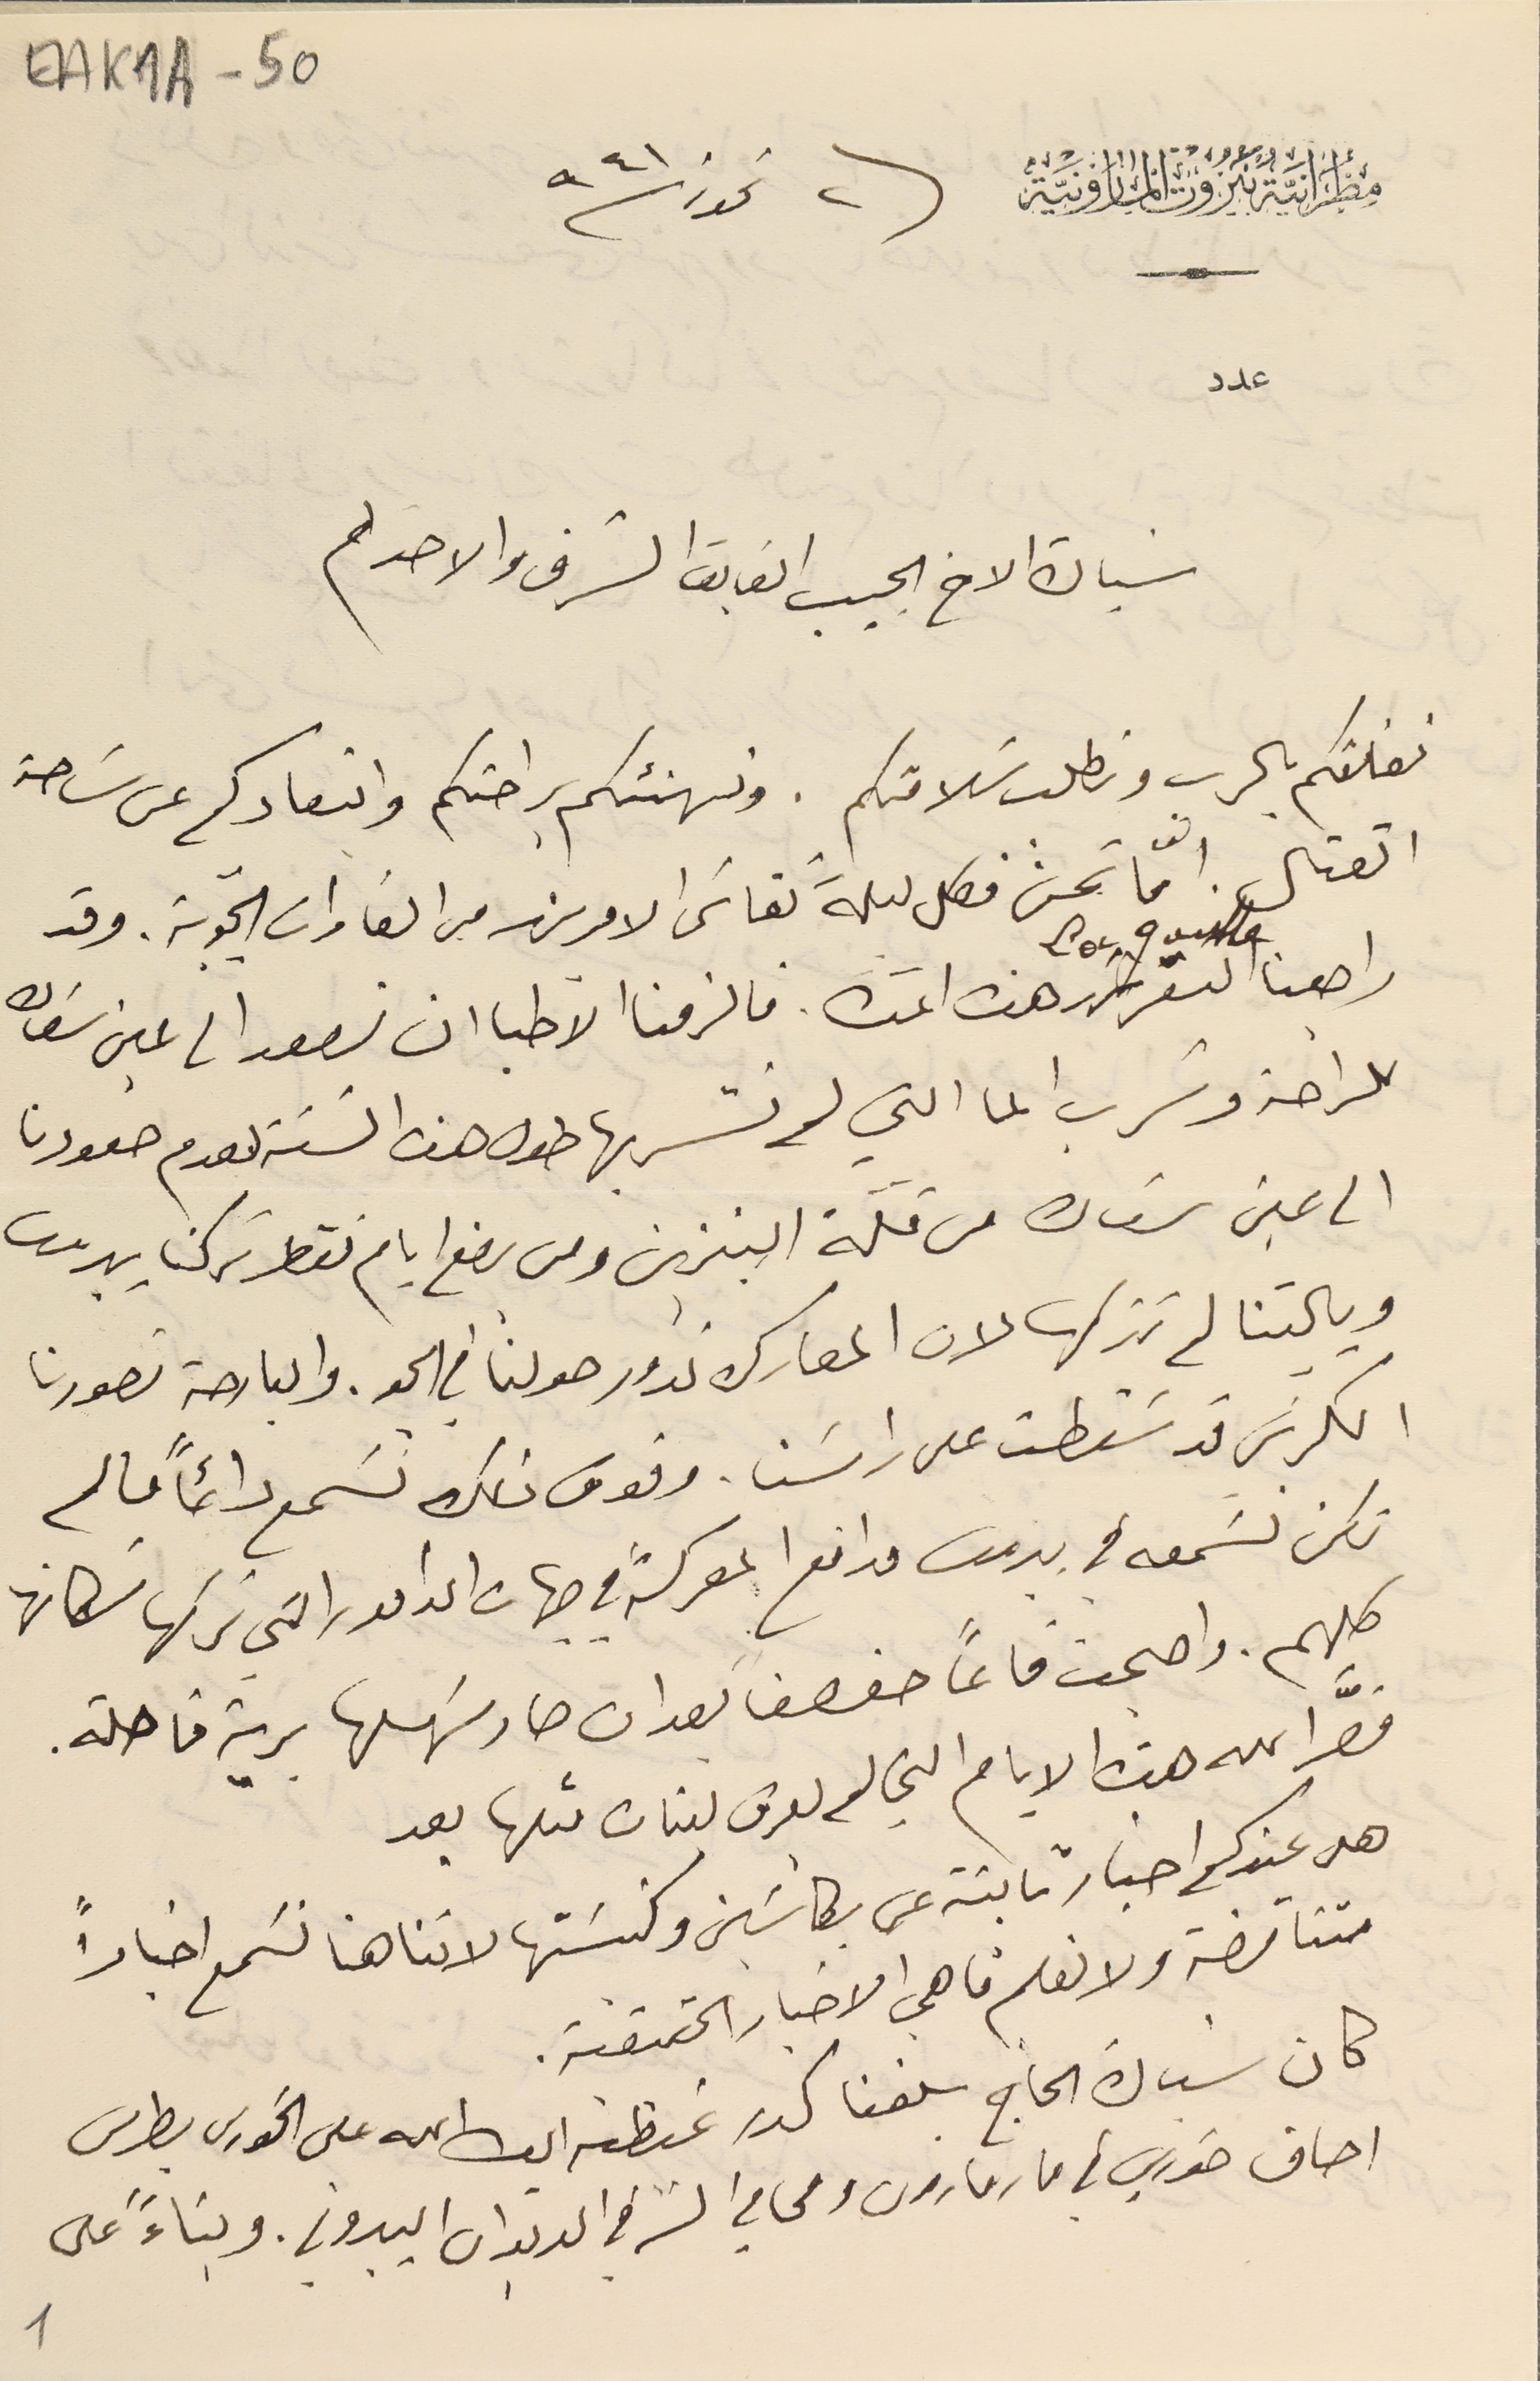
EAK1A-50
مِطرَانيَّةُ بَيرُوت المارونيَّة فى ٢ تموز سنة ٩٤١
عدد
 سَيادة الاخ الحبيب الفايق الشرف والاحترام
نعانقكم بالرب ونطلب سَلامتكم. ونهنئكم براحتكم وابتعادكم عن سَاحة
القتال. امّا نحن فكل ليلة نقاسَى الامرين من الغارات الجويّة. وقد
راجعنا التقرير هذه المدّة. فالزمنا الآطبا ان نصعد الى عين سَعاده
 للراحة وشرب الما التي لم نشربها طول هذه السَنة لعدم صعودنا
 الى عينَ سَعاده من قلّة البنزين ومن بضع ايام فقط تركنا بيروت
 ويا ليتنا لم نتركها لان المعارك تدور حولنا في الجو. والبارحة تصورنا
 الكرسَي قد سَقطت على راسَنا. وفوق ذلك نسَمع دائماً ما لم
 نكن نسَمعه في بيروت مدافع المعركة في جهات الدامور التى تركها سَكانها
 كلهم. واصبحت قاعاً صفصفًا بعد ان صار سهلها برية قاحلة.
قصّر الله هذه الايام التي لم يعرف لبنان مثلها بعد
هل عندكم اخبار ثابتة عن بكاسَين وكنيسَتها لاننا هنا نسَمع اخباراً
 متناقضة ولا نعلم ما هي الاخبار الحقيقية.
اصاف خوري في مار مارون ومحامي السَر في الديوان اليبروتي. وبناءً على
كان سيادة الحاج بلغنا كدر غبطته ايده الله على الخورى بطرس
1
Loc. guille